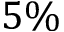
5 \%